Elephants and their diseases
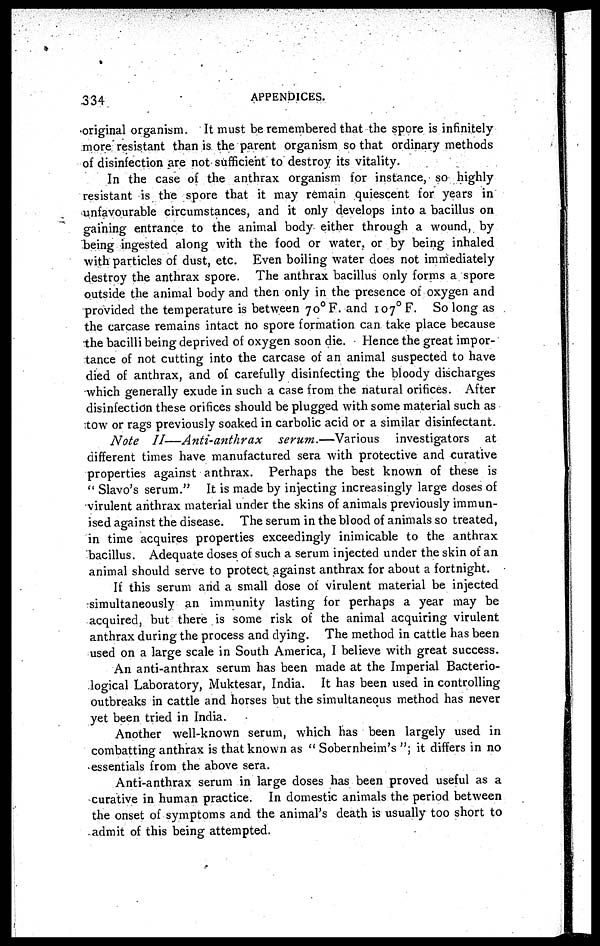
334
APPENDICES.
original organism. It must be remembered that the spore is infinitely-
more resistant than is the parent organism so that ordinary methods
of disinfection are not sufficient to destroy its vitality.
In the case of the anthrax organism for instance, so highly
resistant is the spore that it may remain quiescent for years in
unfavourable circumstances, and it only develops into a bacillus on
gaining entrance to the animal body either through a wound, by
being ingested along with the food or water, or by being inhaled
with particles of dust, etc. Even boiling water does not immediately
destroy the anthrax spore. The anthrax bacillus only forms a spore
outside the animal body and then only in the presence of oxygen and
provided the temperature is between 7o°F. and 107° F. So long as
the carcase remains intact no spore formation can take place because
the bacilli being deprived of oxygen soon die. Hence the great impor-
tance of not cutting into the carcase of an animal suspected to have
died of anthrax, and of carefully disinfecting the bloody discharges
which generally exude in such a case from the natural orifices. After
disinfection these orifices should be plugged with some material such as
tow or rags previously soaked in carbolic acid or a similar disinfectant.
Note II—Anti-anthrax
serum.—Various
investigators at
different times have manufactured sera with protective and curative
properties against anthrax. Perhaps the best known of these is
" Slavo's serum." It is made by injecting increasingly large doses of
virulent anthrax material under the skins of animals previously immun-
ised against the disease. The serum in the blood of animals so treated,
in time acquires properties exceedingly inimicable to the anthrax
bacillus. Adequate doses of such a serum injected under the skin of an
animal should serve to protect, against anthrax for about a fortnight.
If this serum and a small dose of virulent material be injected
simultaneously an immunity lasting for perhaps a year may be
acquired, but there is some risk of the animal acquiring virulent
anthrax during the process and dying. The method in cattle has been
used on a large scale in South America, I believe with great success.
An anti-anthrax serum has been made at the Imperial Bacterio-
logical Laboratory, Muktesar, India. It has been used in controlling
outbreaks in cattle and horses but the simultaneous method has never
yet been tried in India.
Another well-known serum, which has been largely used in
combatting anthrax is that known as " Sobernheim's "; it differs in no
essentials from the above sera.
Anti-anthrax serum in large doses has been proved useful as a
curative in human practice. In domestic animals the period between
the onset of symptoms and the animal's death is usually too short to
admit of this being attempted.